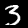
Label: 3